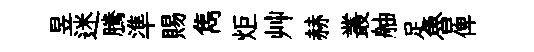
昱迷騰準賜雋炬艸赫叢舳足魯俾